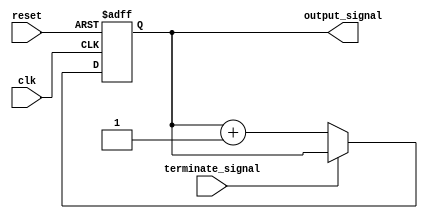
module repeat_loop (
    input wire clk,                // Clock signal
    input wire reset,              // Reset signal
    input wire terminate_signal,    // External signal to terminate the loop
    output reg [7:0] output_signal // Example output signal
);

    // Initialization
    initial begin
        output_signal = 8'b0; // Initialize output signal
    end

    // Always block to implement the infinite repeat loop
    always @(posedge clk or posedge reset) begin
        if (reset) begin
            // Handle reset condition
            output_signal <= 8'b0; // Reset output signal
        end else if (!terminate_signal) begin
            // Infinite loop functionality
            // Execute the desired operations
            // For example, increment the output signal
            output_signal <= output_signal + 1;

            // Add any additional computations or signal processing here
            // ...
        end else begin
            // Handle termination condition
            // You can add any cleanup or finalization code here if needed
            output_signal <= output_signal; // Maintain the last value
        end
    end

endmodule